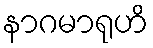
နာဂမာရုဟိ